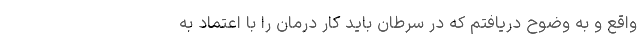
واقع و به وضوح دریافتم که در سرطان باید کار درمان را با اعتماد به